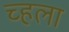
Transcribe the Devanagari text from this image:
च्हला